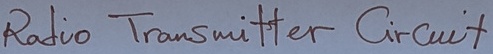
Text: Radio Transmitter Circuilt